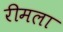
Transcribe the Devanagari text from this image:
रीमला